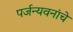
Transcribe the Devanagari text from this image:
पर्जन्यवनांचे